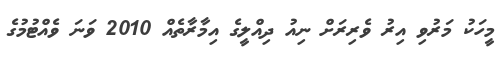
މީހަކު މަރުވި އިރު ވެރިރަށް ނިއު ދިއްލީގެ އިމާރާތެއް 2010 ވަނަ ވެއްޓުމުގެ